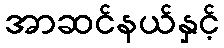
အာဆင်နယ်နှင့်